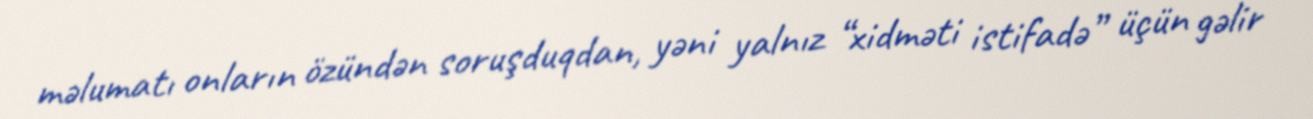
məlumatı onların özündən soruşduqdan, yəni yalnız “xidməti istifadə” üçün gəlir